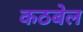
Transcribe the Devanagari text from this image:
कठबेल